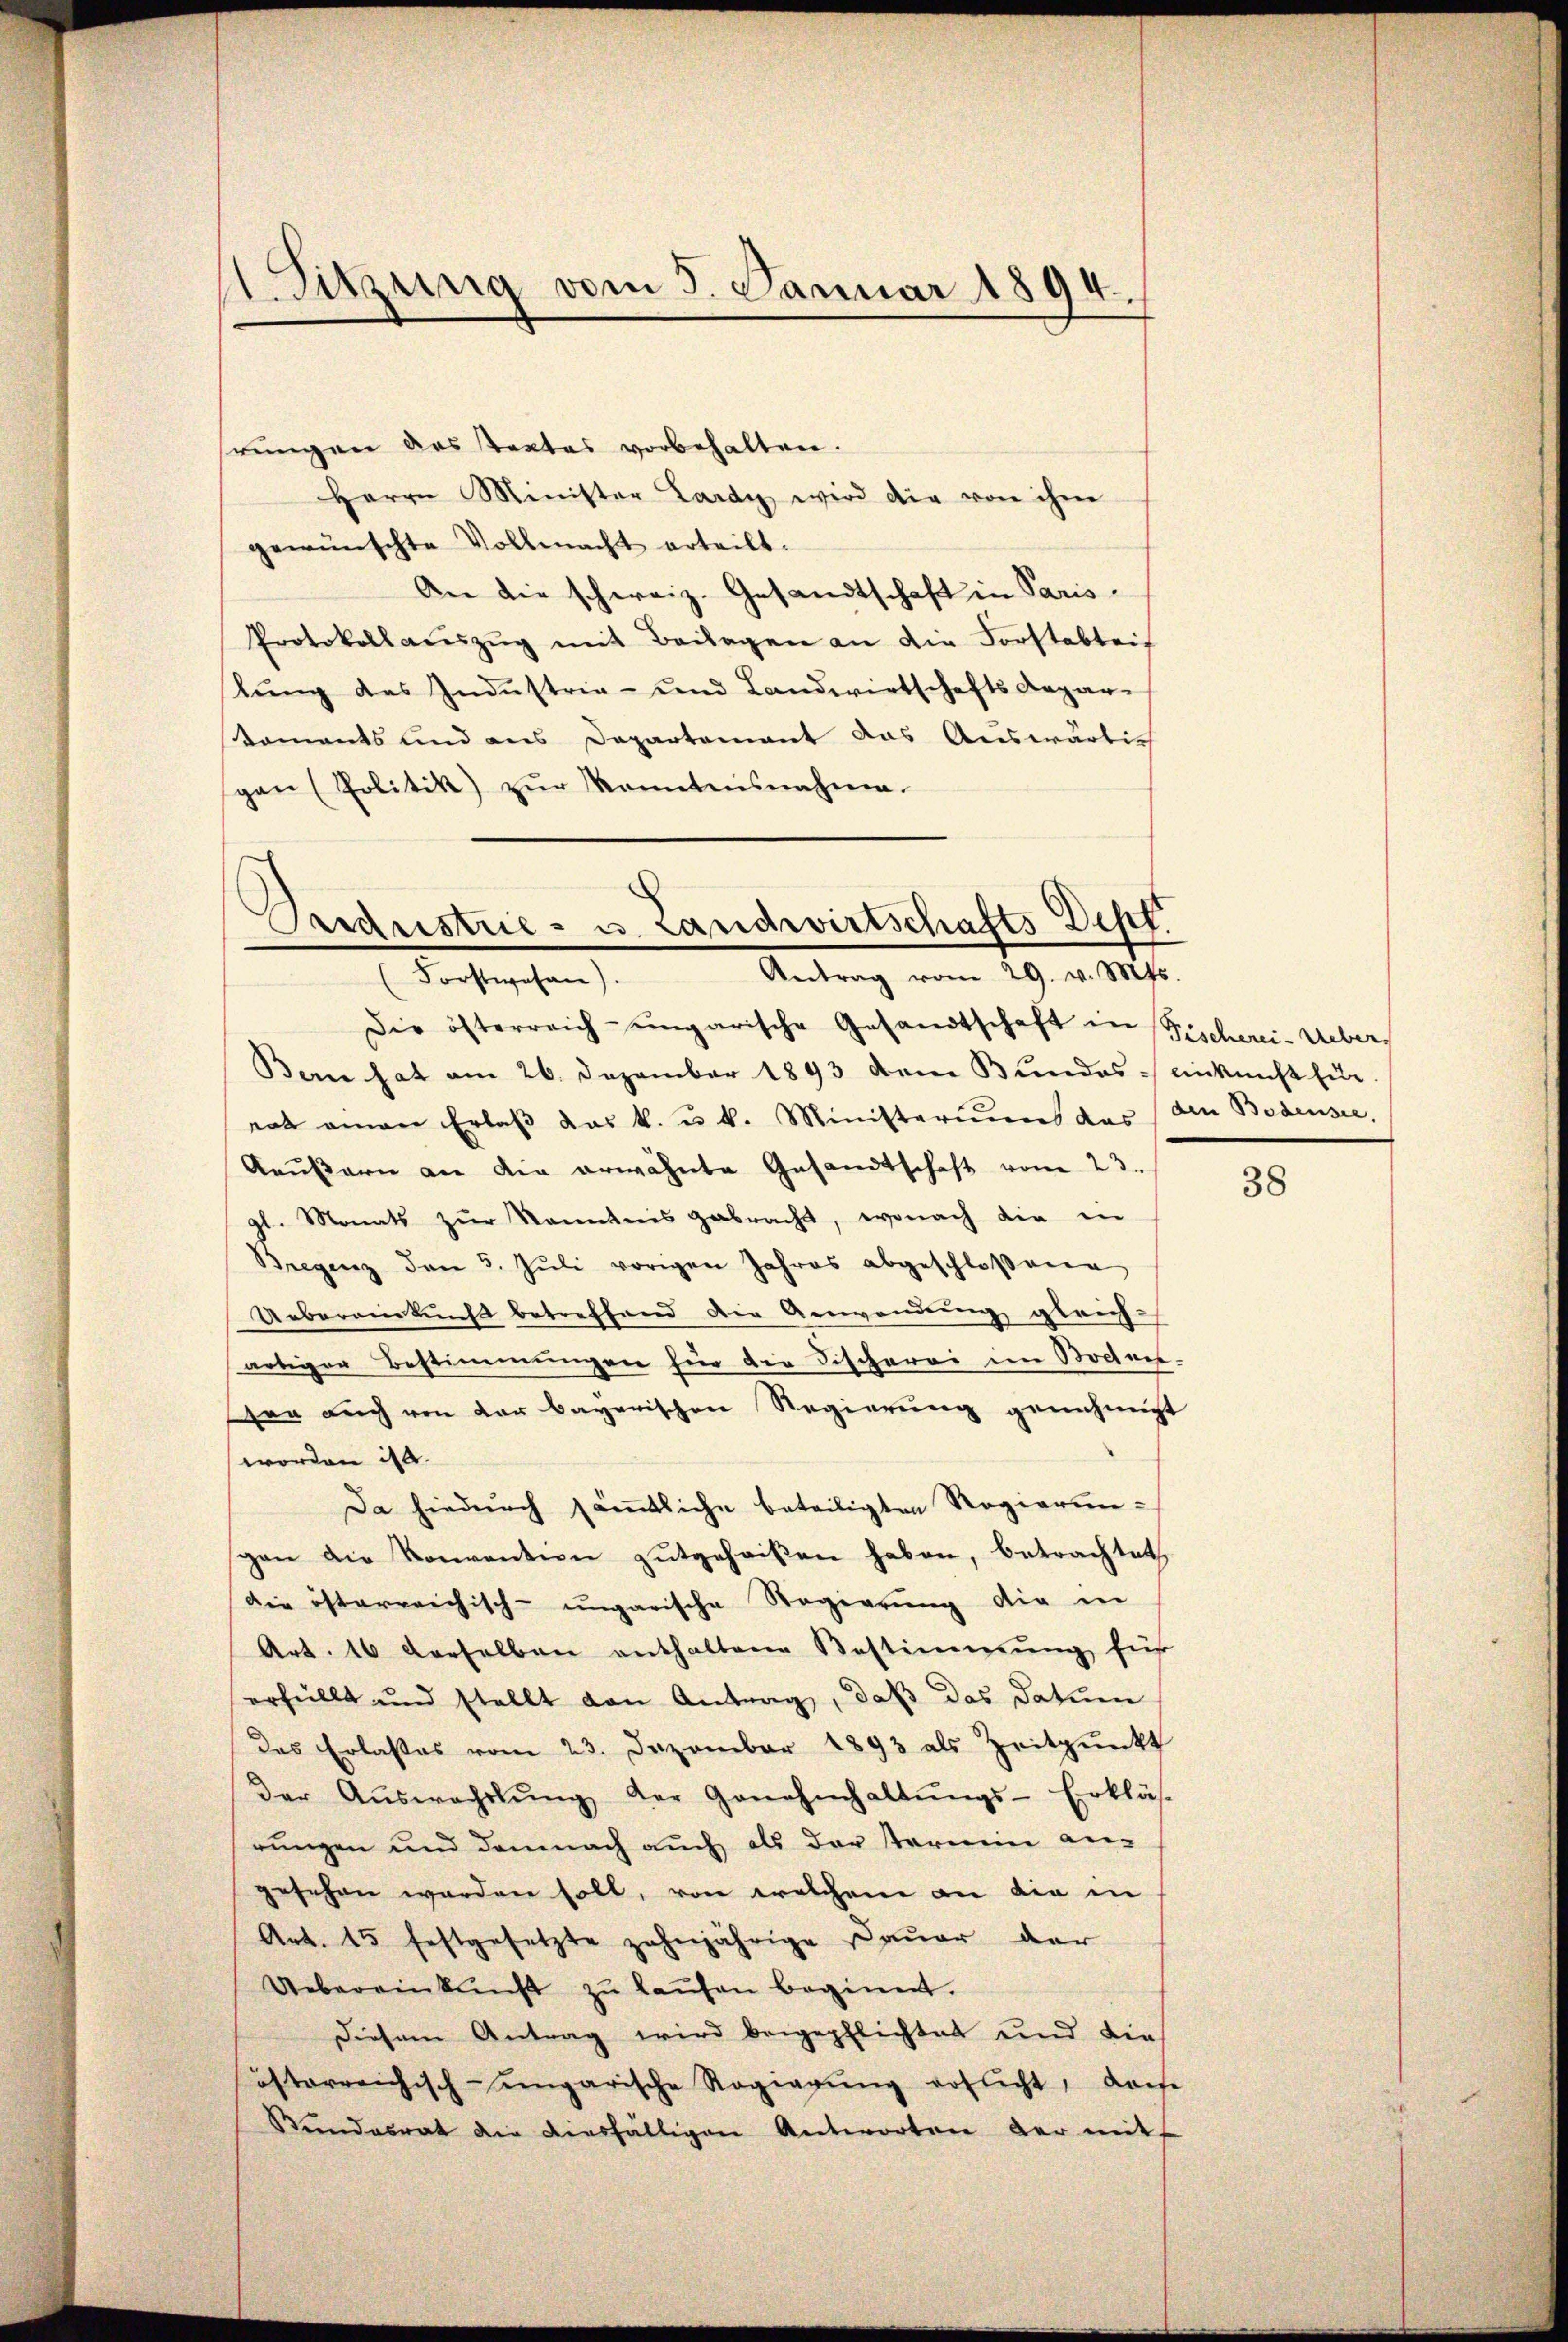
rungen des Textes vorbehalten.
Herrn Minister Lardy wird die von ihm
gewünschte Vollmacht erteilt.
An die schweiz. Gesandtschaft in Paris.
Protokoll aŭszŭg mit Beilagen an die Forstabteis
stung des Industrie- und Landwirtschafts Depar-
Koments und aus Departement das Auswärlich
pan (Politik) zŭr Konntensnahme.

Die österreich-ungarische Gesandtschaft in Fischerei-Ueber
Berne hat am 26. Dezember 1893 dem Bundes einkunft für
rat einen Erlaß das k. u. k. Ministeriums das (den Bodensee,
Raußern an die erwähnte Gesandtschaft vom 23.
l. Monats zŭr Kenntnis gebracht, wonach die in
Bregenz den 3. Jŭli vorigen Jahres abgeschloßene
Uebereinkunft betreffend die Anwendung gleichartiger Bestimmungen für die Fischerei im Bochen-
sor auch von der bayerischen Regierung genehmigt
worden da.
Da hiedurch sämtliche beteiligten Regierungan die Konvention gutgeheißen haben, betrachtet
die österreichisch-ungarische Regierung die in
Art. 16 derselben enthaltene Bestimmung für
erhüllt und stellt von Antrag, daß das Datum
das Erlasses vom 23. Dezember 1893 als Zeitpunkt
der Aŭswachslŭng der Genehmhaltŭngs-Erkläs-
rungen und demnach auch als der termin an-
gesehen werden soll, von welchem an die in
Art. 15 festgesetzte zehnjährige Dauer der
Uebereinkunft zŭ laŭfen beginnt.
Diesem Antrag wird beigepflichtet und die
österreichisch-ungarische Regierŭng erflicht, dasse
Stŭndesrat die diesfälligen Antworten der mit

Sitzung vom 5. Januar 1894.

¬
Sigristrie- u. Landwirtschafts Dept
Antrag vom 29. v. Mts.
(Forstwesen).

38